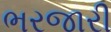
ભરજારી